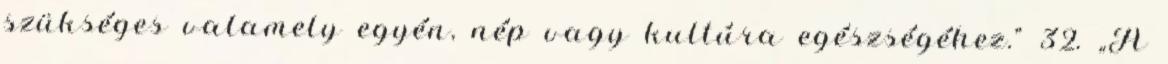
szükséges valamely egyén, nép vagy kultúra egészségéhez.” 32. „A